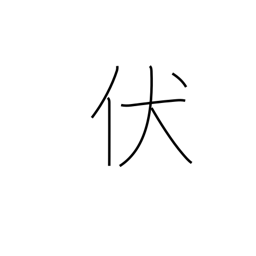
Meaning: bend down